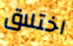
اختلاق